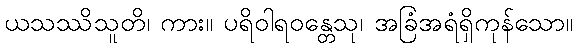
ယသဿိသူတိ၊ ကား။ ပရိဝါရဝန္တေသု၊ အခြံအရံရှိကုန်သော။